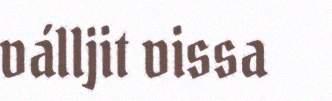
válljit vissa